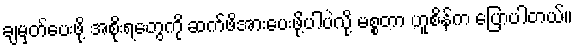
ချမှတ်ပေးဖို့ အစိုးရတွေကို ဆက်ဖိအားပေးဖို့ပါပဲလို့ မစ္စတာ ဟူစိန်က ပြောပါတယ်။